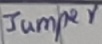
Text: Jumper